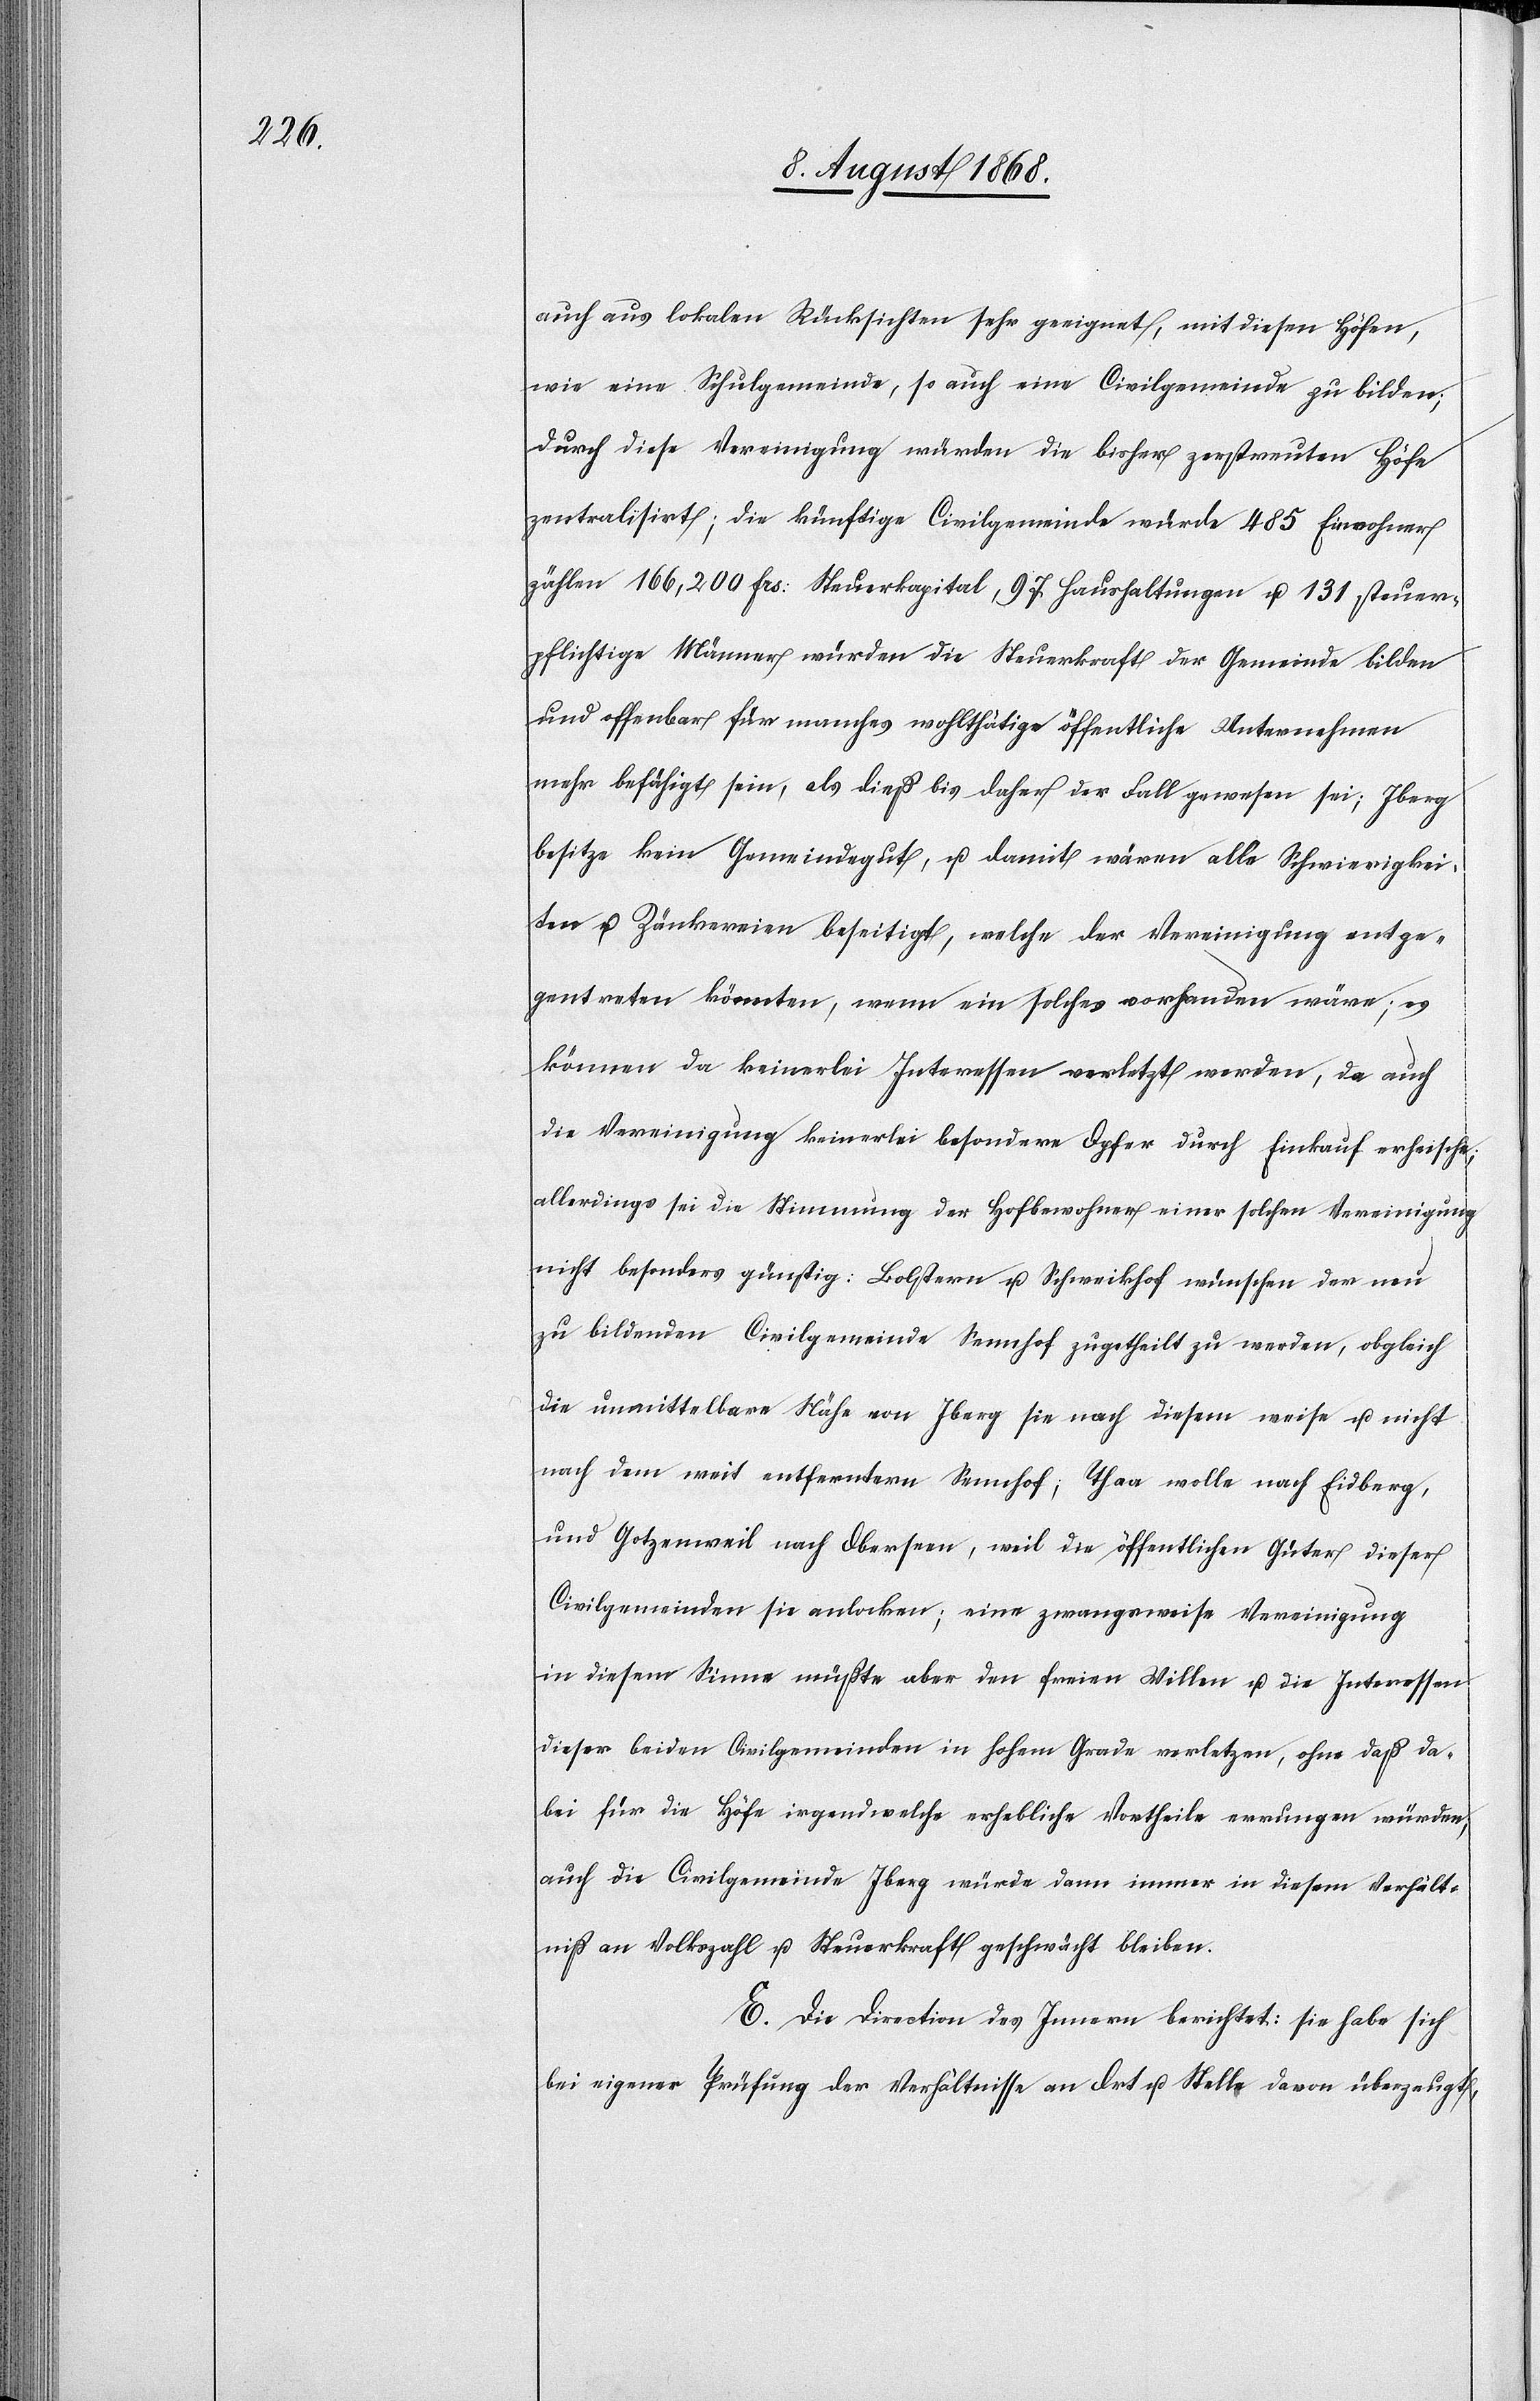
auch aus lokalen Rücksichten sehr geeignet, mit diesen Höfen,
wie eine Schulgemeinde, so auch eine Civilgemeinde zu bilden;
durch diese Vereinigung würden die bisher zerstreuten Höfe
zentralisirt; die künftige Civilgemeinde würde 485 Einwohner
zählen 166,200 Frs: Steuerkapital, 97 Haushaltungen u. 131 steuer¬
pflichtige Männer würden die Steuerkraft der Gemeinde bilden
und offenbar für manches wohlthätige öffentliche Unternehmen
mehr befähigt sein, als dieß bis daher der Fall gewesen sei; Iberg
besitze kein Gemeindegut, u. damit wären alle Schwierigkei¬
ten u. Zänkereien beseitigt, welche der Vereinigung entge¬
gentreten könnten, wenn ein solches vorhanden wäre; es
können da keinerlei Interessen verletzt werden, da auch
die Vereinigung keinerlei besondere Opfer durch Einkauf erheische;
allerdings sei die Stimmung der Hofbewohner einer solchen Vereinigung
nicht besonders günstig: Bolstern u. Schweikhof wünschen der neu
zu bildenden Civilgemeinde Sennhof zugetheilt zu werden, obgleich
die unmittelbare Nähe von Iberg sie nach diesem weise u. nicht
nach dem weit entferntern Sennhof; Thaa wolle nach Eidberg,
und Gotzenweil nach Oberseen, weil die öffentlichen Güter dieser
Civilgemeinden sie anlocken; eine zwangsweise Vereinigung
in diesem Sinne müßte aber den freien Willen u. die Interessen
dieser beiden Civilgemeinden in hohem Grade verletzen, ohne daß da¬
bei für die Höfe irgendwelche erhebliche Vortheile errungen würden,
auch die Civilgemeinde Iberg würde dann immer in diesem Verhält¬
niß an Volkszahl u. Steuerkraft geschwächt bleiben.
E. Die Direction des Innern berichtet: sie habe sich
bei eigener Prüfung der Verhältnisse an Ort u. Stelle davon überzeugt,